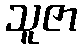
သူဇာ